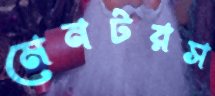
মেনটরস